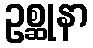
ဥစ္ဆုနာ